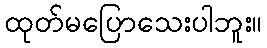
ထုတ်မပြောသေးပါဘူး။